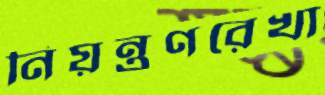
নিয়ন্ত্রণরেখা